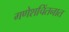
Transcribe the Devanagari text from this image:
गणेशचिंतनात